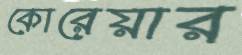
কোরেয়ার